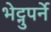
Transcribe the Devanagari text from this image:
भेट्नुपर्ने